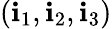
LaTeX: (\mathbf{i}_{1},\mathbf{i}_{2},\mathbf{i}_{3})